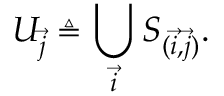
U _ { \vec { j } } \triangleq \bigcup _ { \vec { i } } S _ { ( \vec { i } , \vec { j } ) } .